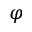
\varphi